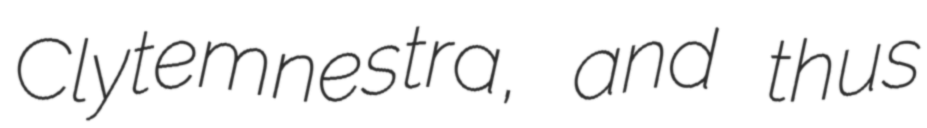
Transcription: Clytemnestra, and thus